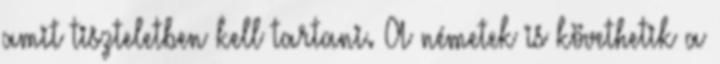
amit tiszteletben kell tartani. A németek is követhetik a